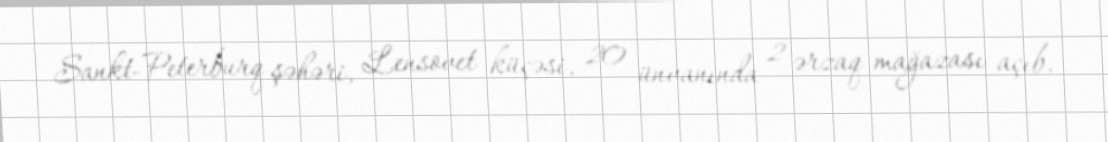
Sankt-Peterburq şəhəri, Lensovet küçəsi, 20 ünvanında 2 ərzaq mağazası açıb.